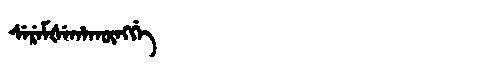
Manchu: ᠰᡝᡵᡝᠮᡧᡝᡥᠠᡴᡡᠩᡤᡝ
Romanization: SEREMŠEHAKŪNGGE